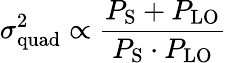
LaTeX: \sigma_{\mathrm{quad}}^{2}\propto\frac{P_{\mathrm{S}}+P_{\mathrm{LO}}}{P_{\mathrm{S}}\cdot P_{\mathrm{LO}}}